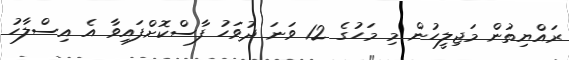
ރައްޔިތުން މަޖިލީހުން މި މަހުގެ 12 ވަނަ ދުވަހު ފާސްކޮށްފައިވާ އެ އިސްލާހު